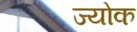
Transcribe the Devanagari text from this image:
ज्योक